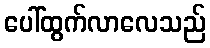
ပေါ်ထွက်လာလေသည်